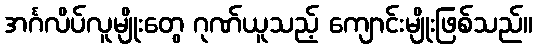
အင်္ဂလိပ်လူမျိုးတွေ ဂုဏ်ယူသည့် ကျောင်းမျိုးဖြစ်သည်။